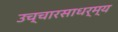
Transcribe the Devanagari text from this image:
उच्चारसाधर्म्य